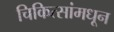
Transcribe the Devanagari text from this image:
चिकित्सांमधून